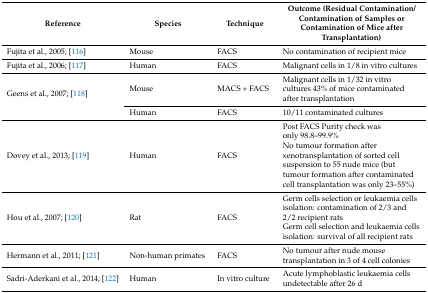
| Reference | Species | Technique | Outcome (Residual Contamination/Contamination of Samples or Contamination of Mice after Transplantation) |
 | --- | --- | --- | --- |
 | Fujita et al., 2005; [116] | Mouse | FACS | No contamination of recipient mice |
 | Fujita et al., 2006; [117] | Human | FACS | Malignant cells in 1/8 in vitro cultures |
 | <ROWSPAN=2> Geens et al., 2007; [118] | Mouse | MACS + FACS | Malignant cells in 1/32 in vitro cultures 43% of mice contaminated after transplantation |
 | Human | FACS | 10/11 contaminated cultures |
 | Dovey et al., 2013; [119] | Human | FACS | Post FACS Purity check was only 98.8–99.9%No tumour formation after xenotransplantation of sorted cell suspension to 55 nude mice (but tumour formation after contaminated cell transplantation was only 23–55%) |
 | Hou et al., 2007; [120] | Rat | FACS | Germ cells selection or leukaemia cells isolation: contamination of 2/3 and 2/2 recipient ratsGerm cell selection and leukaemia cells isolation: survival of all recipient rats |
 | Hermann et al., 2011; [121] | Non-human primates | FACS | No tumour after nude mouse transplantation in 3 of 4 cell colonies |
 | Sadri-Aderkani et al., 2014; [122] | Human | In vitro culture | Acute lymphoblastic leukaemia cells undetectable after 26 d |